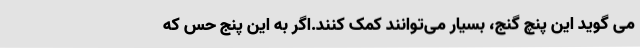
می گوید این پنچ گنج، بسیار می‌توانند کمک کنند.اگر به این پنج حس که